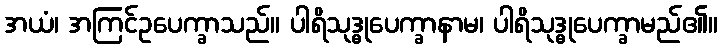
အယံ၊ အကြင်ဥပေက္ခာသည်။ ပါရိသုဒ္ဓုပေက္ခာနာမ၊ ပါရိသုဒ္ဓုပေက္ခာမည်၏။